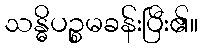
သန္ဓိပဉ္စမခန်းပြီး၏။